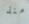
منذ